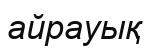
айрауық